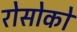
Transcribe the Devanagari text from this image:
रोसोको